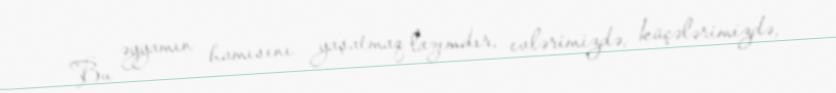
Bu əyyamın hamısını yaşatmaq lazımdır, evlərimizdə, küçələrimizdə,